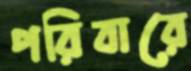
পরিবারে